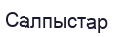
Салпыстар